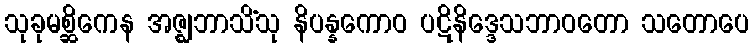
သုခုမစ္ဆိကေန အဇ္ဈဘာသိံသု နိပန္နကောဝ ပဋိနိဒ္ဒေသဘာဝတော သတောပေ